Lunatic asylums Central Provinces reports 1895-1909 - 1895-1909
Year: 1895
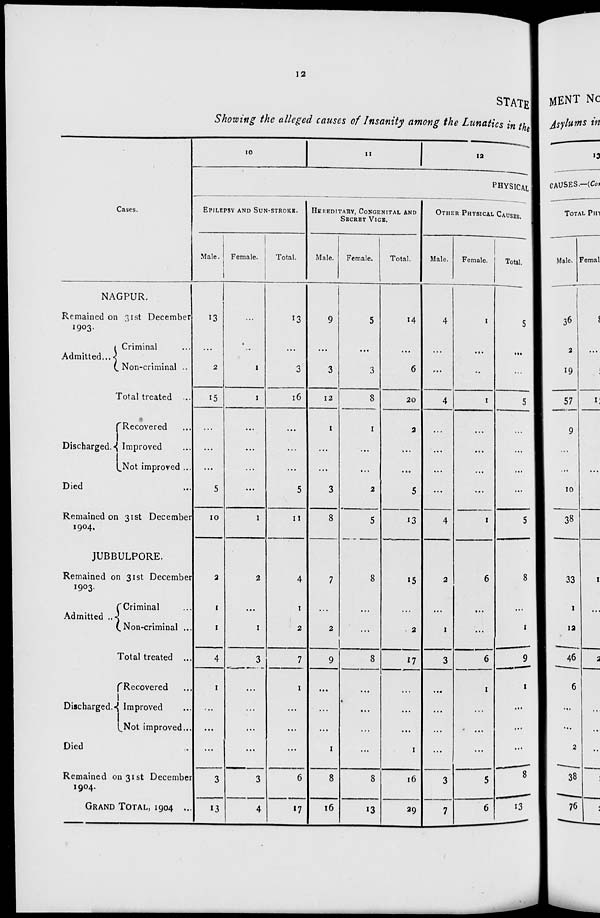
12
STATE
Showing the alleged causes of Insanity among the Lunatics in the
Cases.
NAGPUR.
Remained on 31st December
1903.
Admitted ...
Criminal ...
Non-criminal ...
Total treated ...
Discharged.
Recovered ...
Improved ...
Not improved ...
Died ...
Remained on 31st December
1904.
JUBBULPORE.
Remained on 31st December
1903.
Admitted ...
Criminal ...
Non-criminal ...
Total treated ...
Discharged.
Recovered ...
Improved ...
Not improved ...
Died ...
Remained on 31st December
1904.
GRAND TOTAL, 1904
..
10
11
12
PHYSICAL
EPILEPSY AND SUN-STROKE.
Male.
13
...
2
15
...
...
...
5
10
2
1
1
4
1
...
...
...
3
13
Female.
...
...
1
1
...
...
...
...
1
2
...
1
3
...
...
...
...
3
4
Total.
13
...
3
16
...
...
...
5
11
4
1
2
7
1
...
...
...
6
17
HEREDITARY, CONGENITAL AND
SECRET VICE.
Male.
9
...
3
12
1
...
...
3
8
7
...
2
9
...
...
...
1
8
16
Female.
5
...
3
8
1
...
...
2
5
8
...
...
8
...
...
...
...
8
13
Total.
14
...
6
20
2
...
...
5
13
15
...
2
17
...
...
...
1
16
29
OTHER PHYSICAL CAUSES.
Male.
4
...
...
4
...
...
...
...
4
2
...
1
3
...
...
...
...
3
7
Female.
1
...
...
1
...
...
...
...
1
6
...
...
6
1
...
...
...
5
6
Total.
5
...
...
5
...
...
...
...
5
8
...
1
9
1
...
...
...
8
13